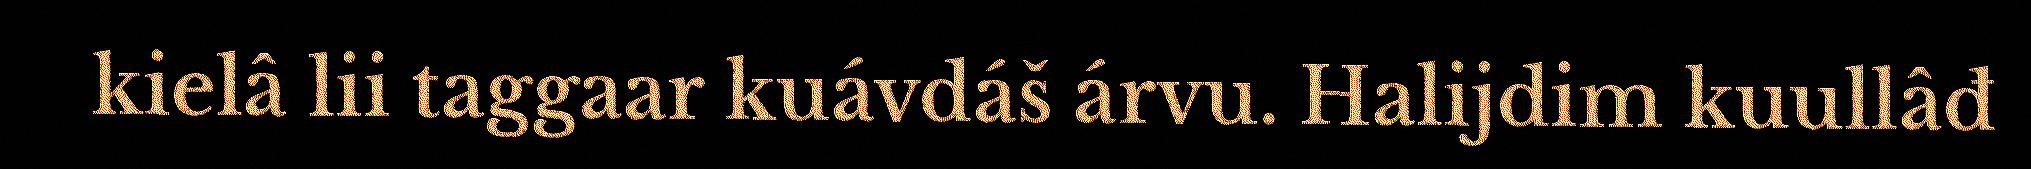
kielâ lii taggaar kuávdáš árvu. Halijdim kuullâđ